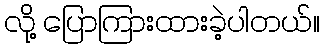
လို့ ပြောကြားထားခဲ့ပါတယ်။